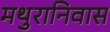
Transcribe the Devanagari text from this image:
मथुरानिवास